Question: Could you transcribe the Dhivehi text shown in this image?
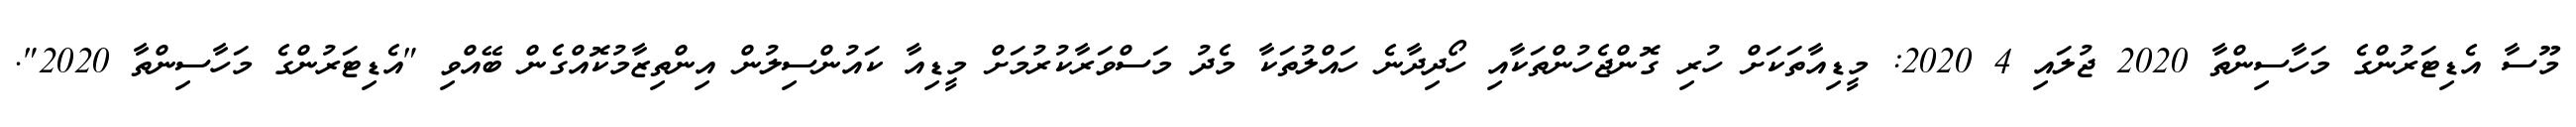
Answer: މޫސާ އެޑިޓަރުންގެ މަހާސިންތާ 2020 ޖުލައި 4 2020: މީޑިއާތަކަށް ހުރި ގޮންޖެހުންތަކާއި ހޯދިދާނެ ހައްލުތަކާ މެދު މަސްވަރާކުރުމަށް މީޑިއާ ކައުންސިލުން އިންތިޒާމުކޮއްގެން ބޭއްވި "އެޑިޓަރުންގެ މަހާސިންތާ 2020".